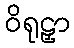
ဝိရုဠှာ